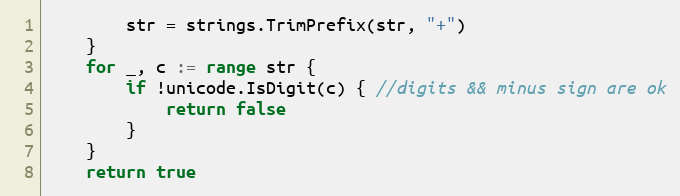
Language: Go
		str = strings.TrimPrefix(str, "+")
	}
	for _, c := range str {
		if !unicode.IsDigit(c) { //digits && minus sign are ok
			return false
		}
	}
	return true